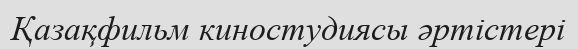
Қазақфильм киностудиясы әртістері